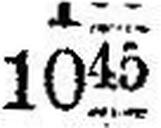
1045